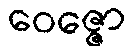
ဝေဇ္ဇော